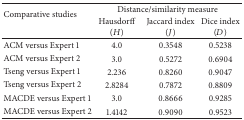
<table><thead><tr><td rowspan="2"><b> Comparative studies </b></td><td colspan="3"><b> Distance/similarity measure </b></td></tr><tr><td><b> Hausdorff (H) </b></td><td><b> Jaccard index (J) </b></td><td><b> Dice index (D) </b></td></tr></thead><tbody><tr><td> ACM versus Expert 1 </td><td> 4.0 </td><td> 0.3548 </td><td> 0.5238 </td></tr><tr><td>ACM versus Expert 2 </td><td> 3.0 </td><td> 0.5272 </td><td> 0.6904 </td></tr><tr><td>Tseng versus Expert 1 </td><td> 2.236 </td><td> 0.8260 </td><td> 0.9047 </td></tr><tr><td>Tseng versus Expert 2 </td><td> 2.8284 </td><td> 0.7872 </td><td> 0.8809 </td></tr><tr><td>MACDE versus Expert 1 </td><td> 3.0 </td><td> 0.8666 </td><td> 0.9285 </td></tr><tr><td>MACDE versus Expert 2 </td><td> 1.4142 </td><td> 0.9090 </td><td> 0.9523 </td></tr></tbody></table>